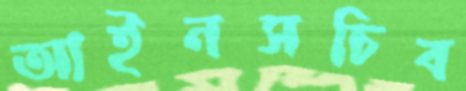
আইনসচিব